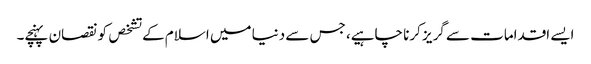
ایسے اقدامات سے گریز کرنا چاہیے، جس سے دنیا میں اسلام کے تشخص کونقصان پہنچے۔